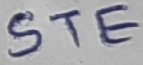
Text: STE